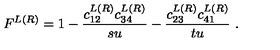
F ^ { L ( R ) } = 1 - { \frac { c _ { 1 2 } ^ { L ( R ) } c _ { 3 4 } ^ { L ( R ) } } { s u } } - { \frac { c _ { 2 3 } ^ { L ( R ) } c _ { 4 1 } ^ { L ( R ) } } { t u } } \ .